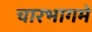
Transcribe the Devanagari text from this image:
चारभागमे